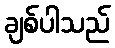
ချစ်ပါသည်